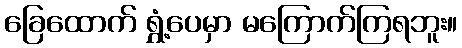
ခြေထောက် ရွှံ့ပေမှာ မကြောက်ကြရဘူး။